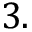
3 .